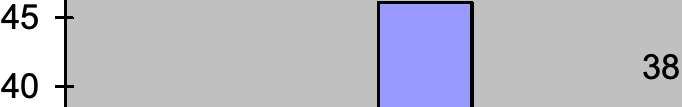
45 38 40